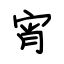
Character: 宵